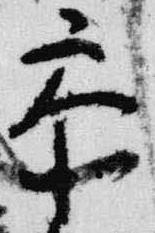
参